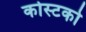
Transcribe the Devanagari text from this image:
कोस्‍टको